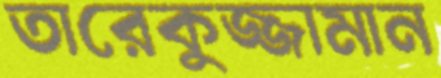
তারেকুজ্জামান